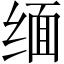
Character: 缅